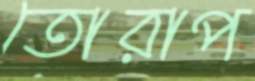
তোরাপ